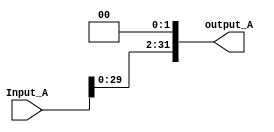
module shift_2(Input_A, output_A);
		input [31:0] Input_A;
		output reg signed [31:0] output_A;
always @(Input_A) begin
			//$display("Display before shift: %b", Input_A);
			output_A = Input_A << 2;
			//$display("Display after shift by 2: %d", output_A);
		end		
endmodule